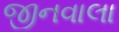
જીનવાલા